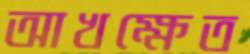
আখক্ষেত